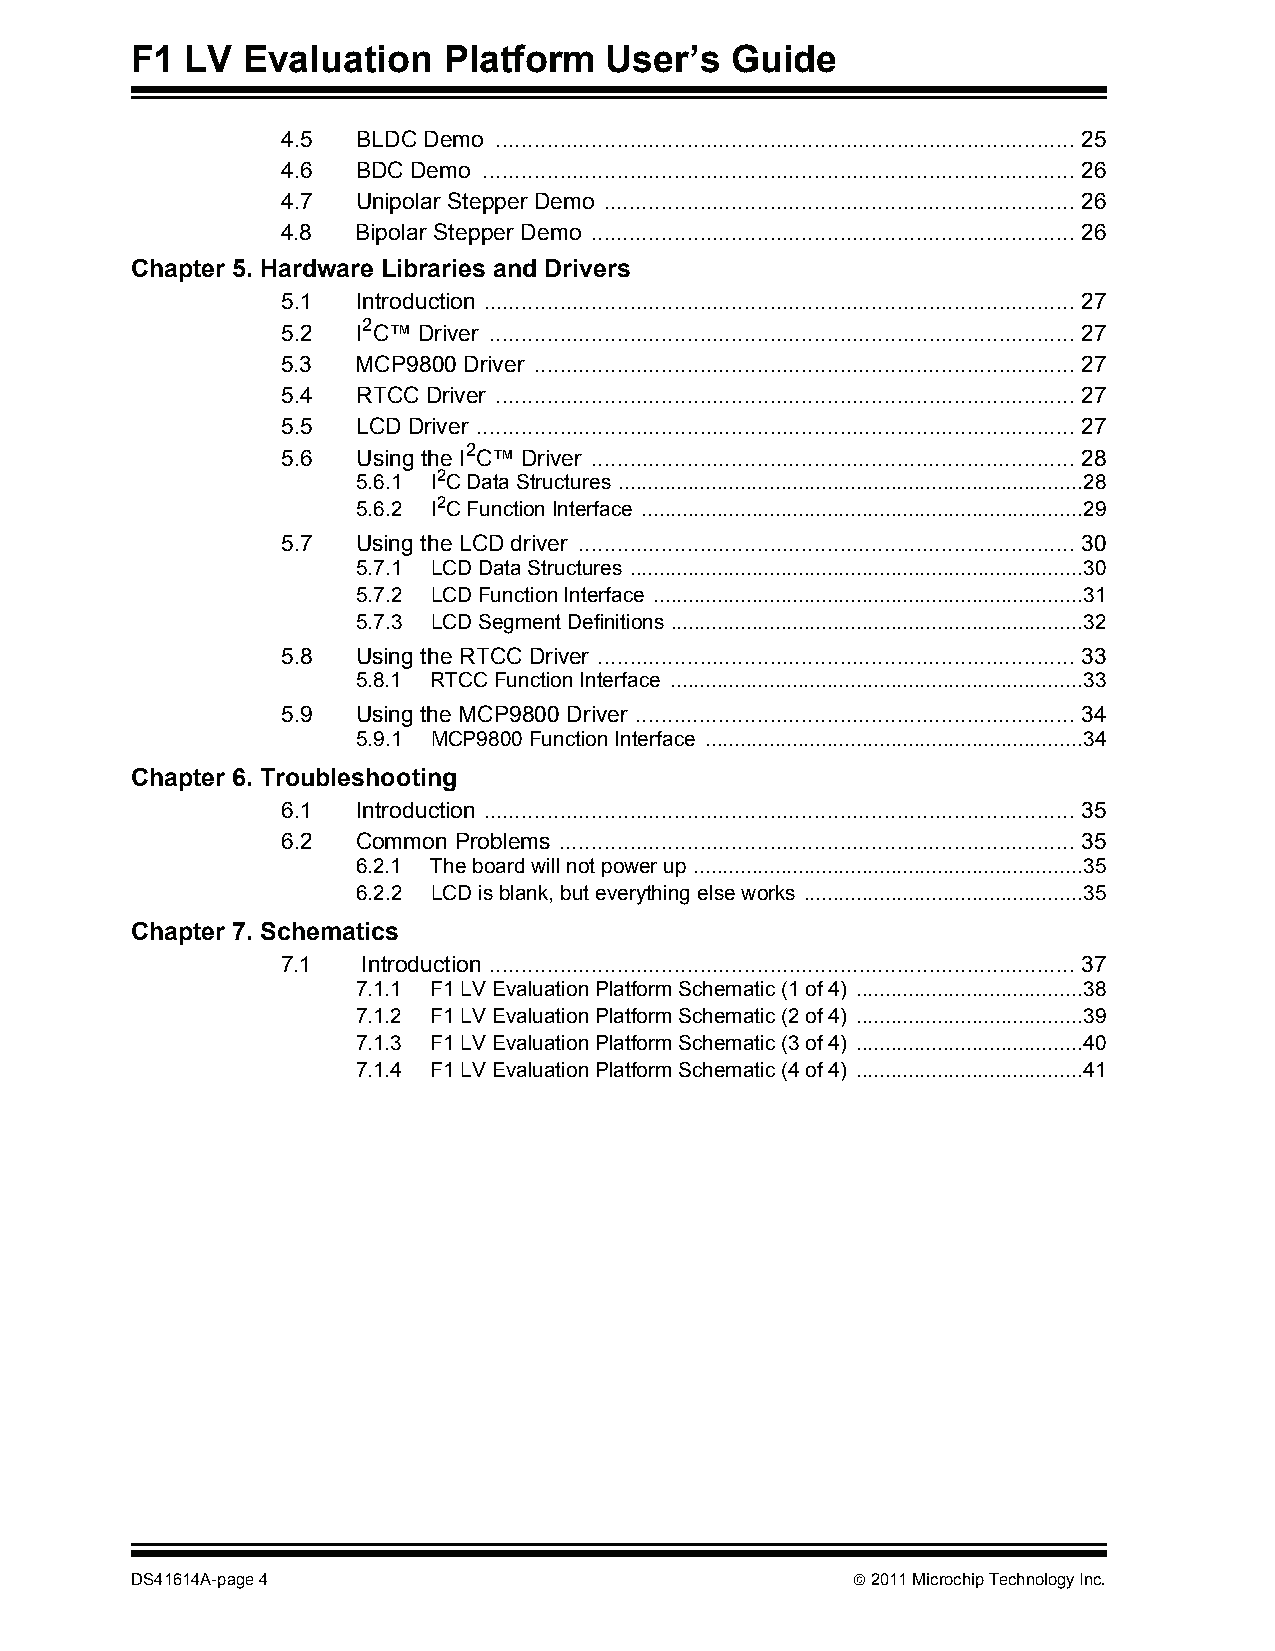
F1 LV  Evaluation   Platform   User’s  Guide
 4.5  BLDC Demo ...........................................................................................25
 4.6  BDC Demo .............................................................................................26
 4.7  Unipolar Stepper Demo ..........................................................................26
 4.8  Bipolar Stepper Demo ............................................................................26
 Chapter 5. Hardware Libraries and Drivers
 5.1  Introduction .............................................................................................27
 5.2  I2C™ Driver ............................................................................................27
 5.3  MCP9800 Driver .....................................................................................27
 5.4  RTCC Driver ...........................................................................................27
 5.5  LCD Driver ..............................................................................................27
 5.6  Using the I2C™ Driver ............................................................................28
 5.6.1 I2C Data Structures ................................................................................28
 5.6.2 I2C Function Interface ............................................................................29
 5.7  Using the LCD driver ..............................................................................30
 5.7.1 LCD Data Structures ..............................................................................30
 5.7.2 LCD Function Interface ..........................................................................31
 5.7.3 LCD Segment Definitions .......................................................................32
 5.8  Using the RTCC Driver ...........................................................................33
 5.8.1 RTCC Function Interface .......................................................................33
 5.9  Using the MCP9800 Driver .....................................................................34
 5.9.1 MCP9800 Function Interface .................................................................34
 Chapter 6. Troubleshooting
 6.1  Introduction .............................................................................................35
 6.2  Common Problems .................................................................................35
 6.2.1 The board will not power up ...................................................................35
 6.2.2 LCD is blank, but everything else works ................................................35
 Chapter 7. Schematics
 7.1  Introduction ............................................................................................37
 7.1.1 F1 LV Evaluation Platform Schematic (1 of 4) .......................................38
 7.1.2 F1 LV Evaluation Platform Schematic (2 of 4) .......................................39
 7.1.3 F1 LV Evaluation Platform Schematic (3 of 4) .......................................40
 7.1.4 F1 LV Evaluation Platform Schematic (4 of 4) .......................................41
 DS41614A-page 4                                 2011 Microchip Technology Inc.